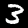
Label: 3